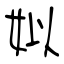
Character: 姒